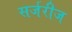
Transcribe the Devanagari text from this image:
सर्जरीज